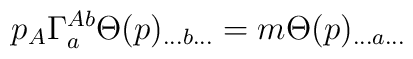
p_A\Gamma _a^{Ab}\Theta (p)_{...b...}=m\Theta (p)_{...a...}